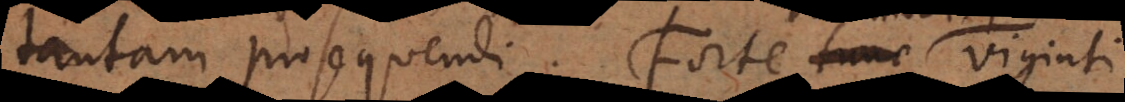
tantam prosequendi. Forte tunc viginti